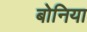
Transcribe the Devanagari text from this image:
बोनिया